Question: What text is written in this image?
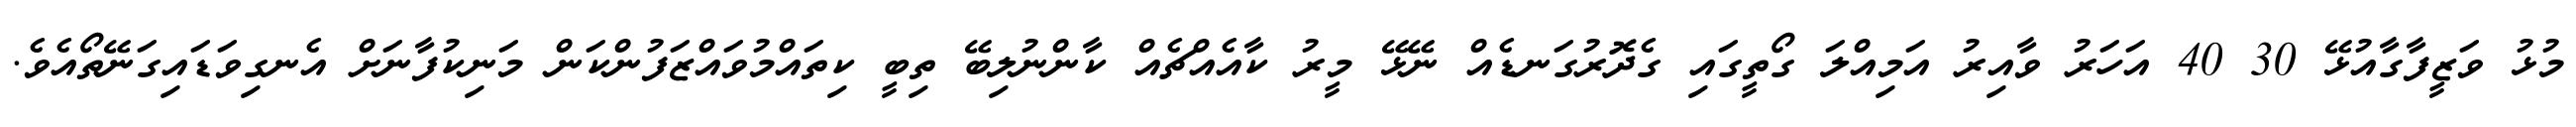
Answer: މުޅު ވަޒީފާގާއުޅޭ 30 40 އަހަރު ވާއިރު އަމިއްލަ ގޯތީގައި ގެދޮރުގަނޑެއް ނޭޅޭ މީރު ކާއެއްޗެއް ކާންނުލިބޭ ތިބީ ކިތައްމުވައްޒަފުންކަން މަނިކުފާނަށް އެނގިވަޑައިގަނޭތޯއެވެ.